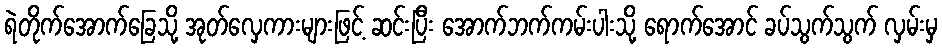
ရဲတိုက်အောက်ခြေသို့ အုတ်လှေကားများဖြင့် ဆင်းပြီး အောက်ဘက်ကမ်းပါးသို့ ရောက်အောင် ခပ်သွက်သွက် လှမ်းမှ